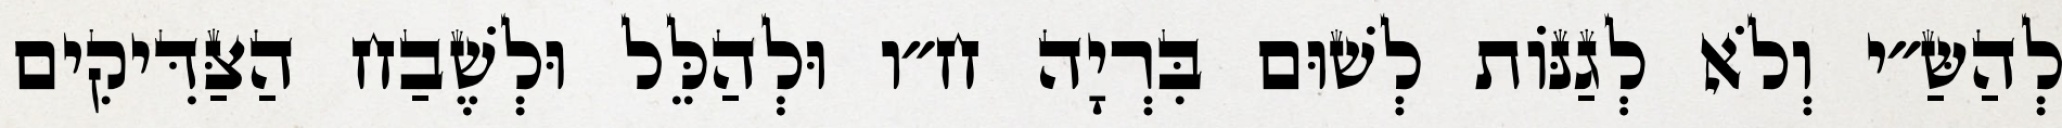
לְהַשַּ״י וְלֹא לְגַנּוֹת לְשׁוּם בִּרְיָה ח״ו וּלְהַלֵּל וּלְשֶׁבַח הַצַּדִּיקִים